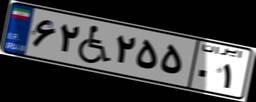
۹۲W۰۸۵۶۷